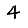
Digit: 4